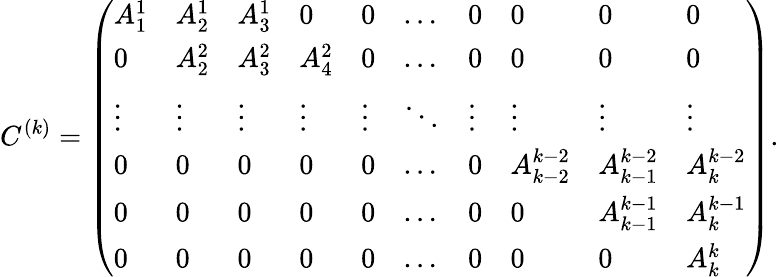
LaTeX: C^{(k)}=\left(\begin{array}{llllllllll}{A_{1}^{1}}&{A_{2}^{1}}&{A_{3}^{1}}&{0}&{0}&{\ldots}&{0}&{0}&{0}&{0}\\ {0}&{A_{2}^{2}}&{A_{3}^{2}}&{A_{4}^{2}}&{0}&{\ldots}&{0}&{0}&{0}&{0}\\ {\vdots}&{\vdots}&{\vdots}&{\vdots}&{\vdots}&{\ddots}&{\vdots}&{\vdots}&{\vdots}&{\vdots}\\ {0}&{0}&{0}&{0}&{0}&{\ldots}&{0}&{A_{k-2}^{k-2}}&{A_{k-1}^{k-2}}&{A_{k}^{k-2}}\\ {0}&{0}&{0}&{0}&{0}&{\ldots}&{0}&{0}&{A_{k-1}^{k-1}}&{A_{k}^{k-1}}\\ {0}&{0}&{0}&{0}&{0}&{\ldots}&{0}&{0}&{0}&{A_{k}^{k}}\end{array}\right).